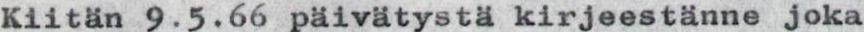
Kiitän 9.5.66 päivätystä kirjeestänne joka